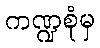
ကဏ္ဍစုံမှ